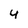
Character: y